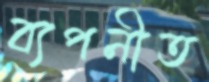
ব্যপনীত